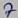
Text: 7